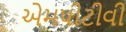
એમપીટીવી